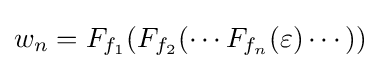
w_{n}=F_{f_{1}}(F_{f_{2}}(\cdots F_{f_{n}}(\varepsilon )\cdots ))\